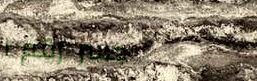
جسر رقم ١